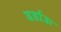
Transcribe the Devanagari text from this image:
वर्डाऊ